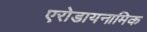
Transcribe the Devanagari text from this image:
एरोडायनामिक